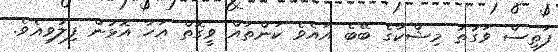
ފަތިސް ވަގުތު މިޝްކާގެ ބޭބެ އައެވެ ކަންތައް ވީގޮތް އަހާ އޮޅުން ފިލުވިއެވެ.